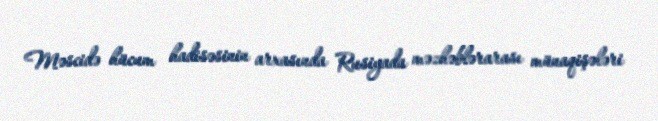
Məscidə hücum hadisəsinin arxasında Rusiyada məzhəblərarası münaqişələri